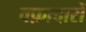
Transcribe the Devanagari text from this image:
वफ़ादारों